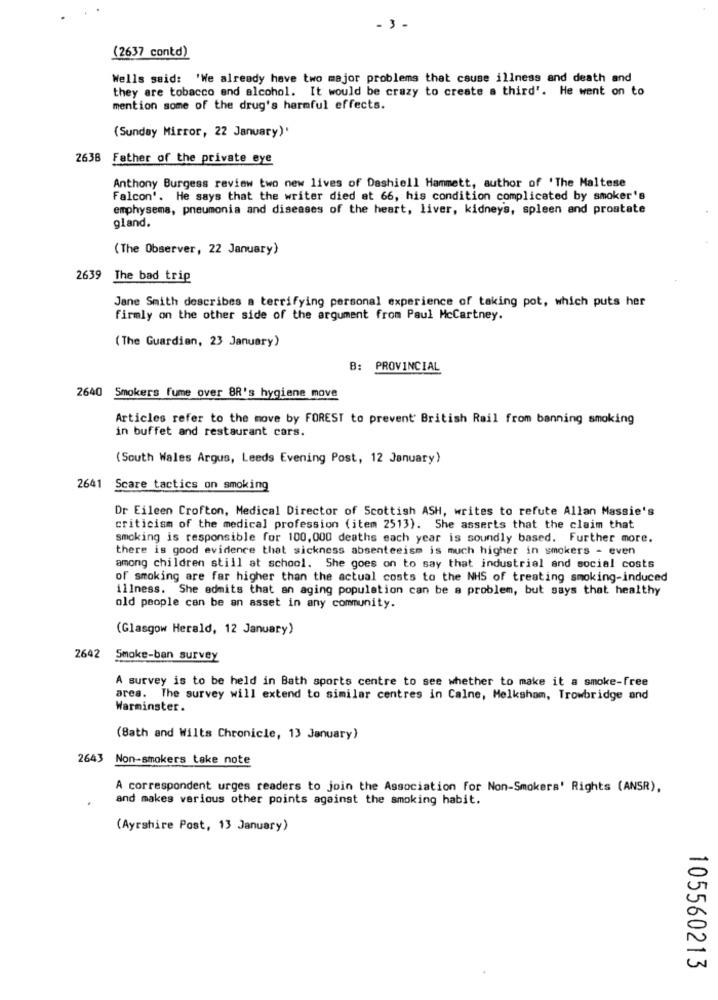
-3-
(2637 contd)
Wells said: 'We already have two major problems that cause illness and death and
they are tobacco and alcohol. It would be crazy to create a third'. He went on to
mention some of the drug's harmful effects.
(Sunday Mirror, 22 January)'
2638 Father of the private eye
Anthony Burgess review two new lives of Dashiell Hammett, author of 'The Maltese
Falcon'. He says that the writer died at 66, his condition complicated by smoker's
emphysema, pneumonia and diseases of the heart, liver, kidney's, spleen and prostate
gland.
(The Observer, 22 January)
2639 The bad trip
Jane Smith describes a terrifying personal experience of taking pot, which puts her
firmly on the other side of the argument from Paul Mccartney.
( The Guardian, 23 January)
8:
PROVINCIAL
2640 Smokers fume over 8R's hygiene move
Articles refer to the move by FOREST to prevent British Rail from banning smoking
in buffet and restaurant cars.
(South Wales Argus, Leeds Evening Post, 12 January)
2641
Scare tactics on smoking
Dr Eileen Crofton, Medical Director of Scottish ASH, writes to refute Allan Massie's
criticism of the medical profession (item 2513). She asserts that the claim that
smoking is responsible for 100,000 deaths each year is soundly based. Further more.
there is good evidence that sickness absenteeism is much higher in smokers - even
among children still at school. She goes on to say that industrial and social costs
of smoking are far higher than the actual costs to the NHS of treating smoking-induced
illness. She admits that an aging population can be a problem, but says that healthy
old people can be an asset in any community.
(Glasgow Herald, 12 January)
2642 Smoke-ban survey
A survey is to be held in Bath sports centre to see whether to make it a smoke-free
ares. The survey will extend to similar centres in Calne, Melksham, Trowbridge and
Warminster.
(8ath and Wilts Chronicle, 13 January)
2643 Non-smokers take note
A correspondent urges readers to join the Association for Non-Smokers' Rights (ANSR),
and makes various other points against the smoking habit.
(Ayrshire Post, 13 January)
105560213